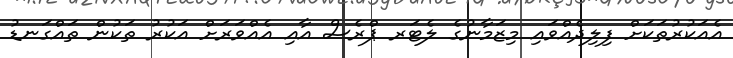
އެއަކުރުތަކަށް ފިލިދެއްވައި މިޒަމާނުގެ ލެޓަރ ޕްރެސް އާއި އެއްވަރަށް އަކުރު ތަކުން ތައްގަނޑު